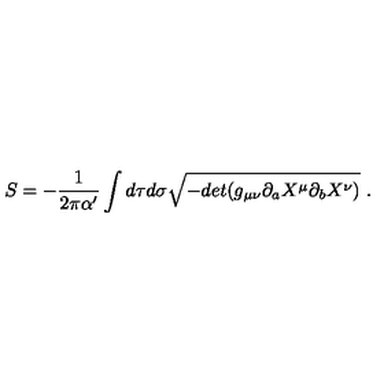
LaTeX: S = - { \frac { 1 } { 2 \pi \alpha ^ { \prime } } } \int d \tau d \sigma \sqrt { - d e t ( g _ { \mu \nu } \partial _ { a } X ^ { \mu } \partial _ { b } X ^ { \nu } ) } \ .